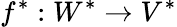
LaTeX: f^{*}:W^{*}\to V^{*}